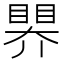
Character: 𥉁